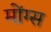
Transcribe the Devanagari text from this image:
मोंग्स